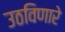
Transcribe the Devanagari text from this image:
उठविणारे